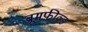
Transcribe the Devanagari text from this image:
ब्रूमफील्ड